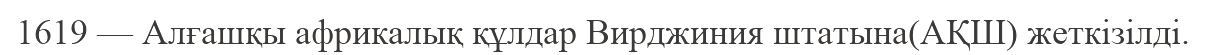
1619 — Алғашқы африкалық құлдар Вирджиния штатына(АҚШ) жеткізілді.